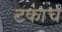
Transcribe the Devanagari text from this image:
टकाच